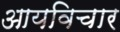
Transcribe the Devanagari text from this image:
आयविचार